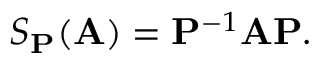
S _ { \mathbf { P } } ( \mathbf { A } ) = \mathbf { P } ^ { - 1 } \mathbf { A } \mathbf { P } .